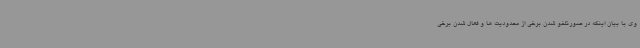
وی با بیان اینکه در صورتلغو شدن برخی از محدودیت ها و فعال شدن برخی